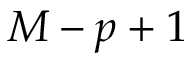
M - p + 1